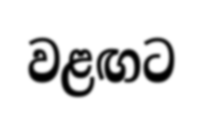
වළඟට